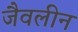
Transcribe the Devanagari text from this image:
जैवलीन